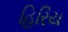
હિરિય